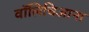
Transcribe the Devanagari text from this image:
वॉलिचिआना